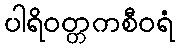
ပါရိဝတ္တကစီဝရံ